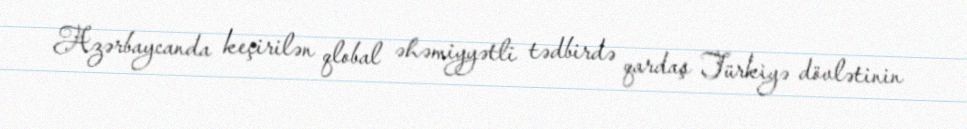
Azərbaycanda keçirilən qlobal əhəmiyyətli tədbirdə qardaş Türkiyə dövlətinin